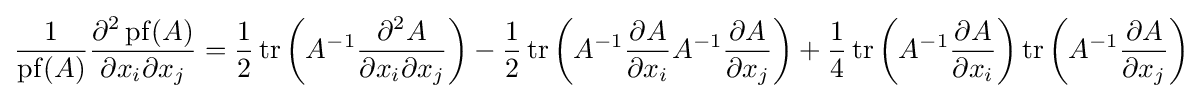
{\frac {1}{\operatorname {pf} (A)}}{\frac {\partial ^{2}\operatorname {pf} (A)}{\partial x_{i}\partial x_{j}}}={\frac {1}{2}}\operatorname {tr} \left(A^{-1}{\frac {\partial ^{2}A}{\partial x_{i}\partial x_{j}}}\right)-{\frac {1}{2}}\operatorname {tr} \left(A^{-1}{\frac {\partial A}{\partial x_{i}}}A^{-1}{\frac {\partial A}{\partial x_{j}}}\right)+{\frac {1}{4}}\operatorname {tr} \left(A^{-1}{\frac {\partial A}{\partial x_{i}}}\right)\operatorname {tr} \left(A^{-1}{\frac {\partial A}{\partial x_{j}}}\right)